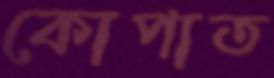
কোপাত